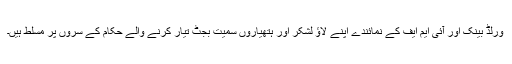
ورلڈ بینک اور آئی ایم ایف کے نمائندے اپنے لاؤ لشکر اور ہتھیاروں سمیت بجٹ تیار کرنے والے حکام کے سروں پر مسلط ہیں۔